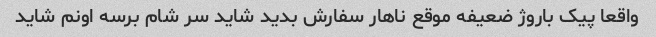
واقعا پیک باروژ ضعیفه موقع ناهار سفارش بدید شاید سر شام برسه اونم شاید